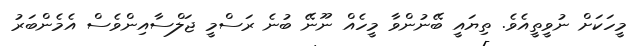
މީހަކަށް ނުވީތީއެވެ. ތިޔައީ ބޭނުންވާ މީހެއް ނޫނޭ ބުނެ ރަސްމީ ޖަލްސާއިންވެސް އެމެންބަރު